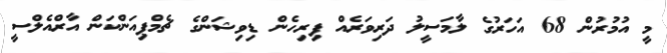
މީ އުމުރުން 68 އަހަރުގެ ލާމަސީލު ދަރިވަރެއް ފިރިހެން ޑިވިޝަންގެ ޗެމްޕިއަންކަން އާރްއެލްސީ